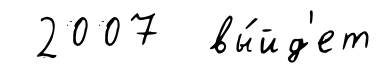
2007 вы́йд'ет